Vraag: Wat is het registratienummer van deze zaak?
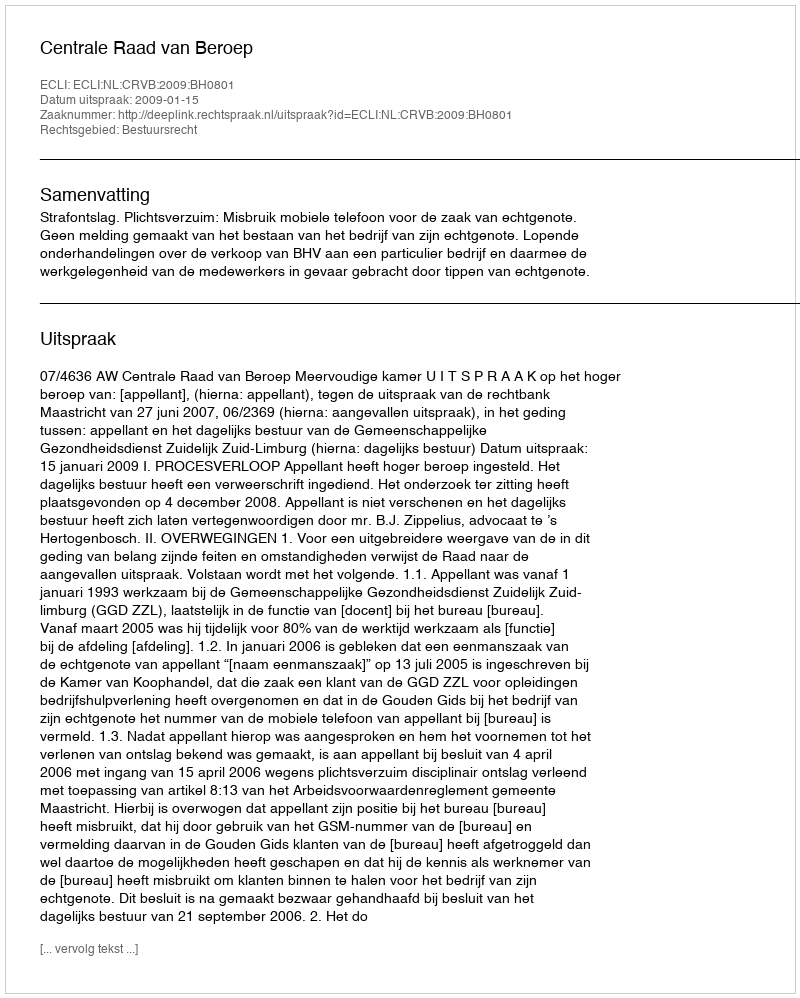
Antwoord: http://deeplink.rechtspraak.nl/uitspraak?id=ECLI:NL:CRVB:2009:BH0801